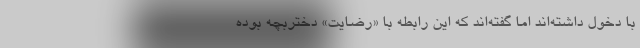
با دخول داشته‌اند اما گفته‌اند که این رابطه با «رضایت» دختربچه بوده